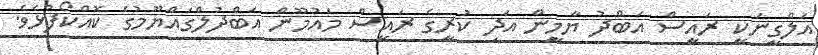
އަލްގީނަކީ ރައީސް އަބްދު ޔާމީން އަދި ކުރީގެ ރައީސް މައުމޫން އަބްދުލްގައްޔޫމުގެ ކޮއްކޯފުޅެވެ.